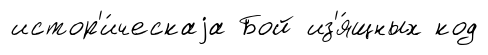
истор'и́ческаjа Бой из'я́щных код